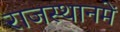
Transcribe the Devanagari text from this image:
राजस्थानमें